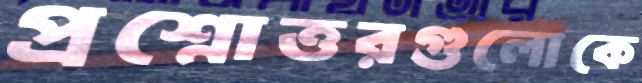
প্রশ্নোত্তরগুলোকে